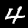
Digit: 4